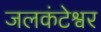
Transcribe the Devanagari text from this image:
जलकंटेश्वर